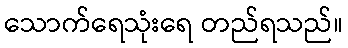
သောက်ရေသုံးရေ တည်ရသည်။